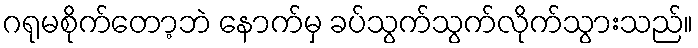
ဂရုမစိုက်တော့ဘဲ နောက်မှ ခပ်သွက်သွက်လိုက်သွားသည်။